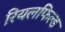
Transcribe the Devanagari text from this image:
रियलफिल्ड